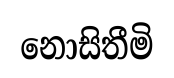
නොසිතීමි